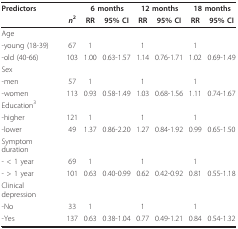
<table><thead><tr><td><b>Predictors</b></td><td></td><td colspan="2"><b>6 months</b></td><td colspan="2"><b>12 months</b></td><td colspan="2"><b>18 months</b></td></tr><tr><td></td><td><b><i>n</i><sup>2</sup></b></td><td><b>RR</b></td><td><b>95% CI</b></td><td><b>RR</b></td><td><b>95% CI</b></td><td><b>RR</b></td><td><b>95% CI</b></td></tr></thead><tbody><tr><td>Age</td><td></td><td></td><td></td><td></td><td></td><td></td><td></td></tr><tr><td>-young (18-39)</td><td>67</td><td>1</td><td></td><td>1</td><td></td><td>1</td><td></td></tr><tr><td>-old (40-66)</td><td>103</td><td>1.00</td><td>0.63-1.57</td><td>1.14</td><td>0.76-1.71</td><td>1.02</td><td>0.69-1.49</td></tr><tr><td>Sex</td><td></td><td></td><td></td><td></td><td></td><td></td><td></td></tr><tr><td>-men</td><td>57</td><td>1</td><td></td><td>1</td><td></td><td>1</td><td></td></tr><tr><td>-women</td><td>113</td><td>0.93</td><td>0.58-1.49</td><td>1.03</td><td>0.68-1.56</td><td>1.11</td><td>0.74-1.67</td></tr><tr><td>Education<sup>3</sup></td><td></td><td></td><td></td><td></td><td></td><td></td><td></td></tr><tr><td>-higher</td><td>121</td><td>1</td><td></td><td>1</td><td></td><td>1</td><td></td></tr><tr><td>-lower</td><td>49</td><td>1.37</td><td>0.86-2.20</td><td>1.27</td><td>0.84-1.92</td><td>0.99</td><td>0.65-1.50</td></tr><tr><td>Symptom duration</td><td></td><td></td><td></td><td></td><td></td><td></td><td></td></tr><tr><td>- &lt; 1 year</td><td>69</td><td>1</td><td></td><td>1</td><td></td><td>1</td><td></td></tr><tr><td>- &gt; 1 year</td><td>101</td><td>0.63</td><td>0.40-0.99</td><td>0.62</td><td>0.42-0.92</td><td>0.81</td><td>0.55-1.18</td></tr><tr><td>Clinical depression</td><td></td><td></td><td></td><td></td><td></td><td></td><td></td></tr><tr><td>-No</td><td>33</td><td>1</td><td></td><td>1</td><td></td><td>1</td><td></td></tr><tr><td>-Yes</td><td>137</td><td>0.63</td><td>0.38-1.04</td><td>0.77</td><td>0.49-1.21</td><td>0.84</td><td>0.54-1.32</td></tr></tbody></table>